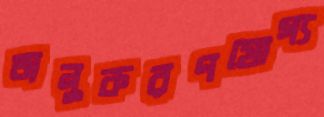
অনুকরণযোগ্য